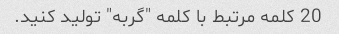
20 کلمه مرتبط با کلمه "گربه" تولید کنید.